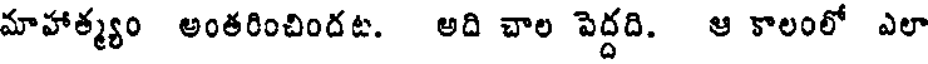
మాహాత్మ్యం అంతరించిందట. అది చాల పెద్దది. ఆ కాలంలో ఎలా